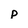
Character: p